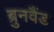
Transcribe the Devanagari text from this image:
ब्रुनवैंड